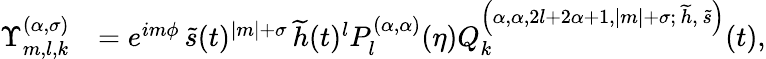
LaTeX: \begin{array}{rl}{\Upsilon_{m,l,k}^{(\alpha,\sigma)}}&{=e^{im\phi}\, \widetilde{s}(t)^{\left|m\right|+\sigma}\, \widetilde{h}(t)^{l}P_{l}^{(\alpha,\alpha)}(\eta)Q_{k}^{\left(\alpha,\alpha,2l+2\alpha+1,\left|m\right|+\sigma;\, \widetilde{h},\, \widetilde{s}\right)}(t),}\end{array}